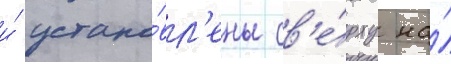
и́ устано́вл'ены св'е́рху на́